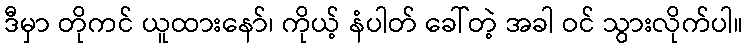
ဒီမှာ တိုကင် ယူထားနော်၊ ကိုယ့် နံပါတ် ခေါ်တဲ့ အခါ ဝင် သွားလိုက်ပါ။